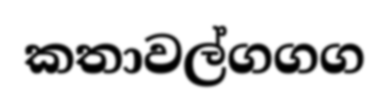
කතාවල්ගගග